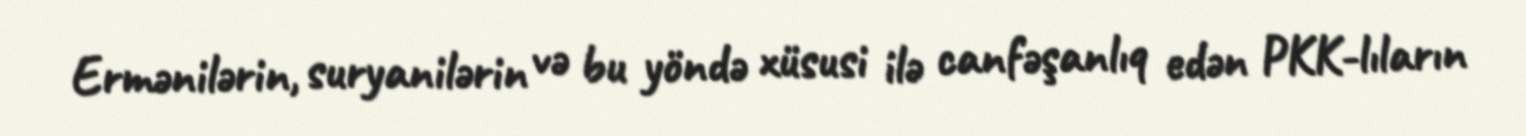
Ermənilərin, suryanilərin və bu yöndə xüsusi ilə canfəşanlıq edən PKK-lıların